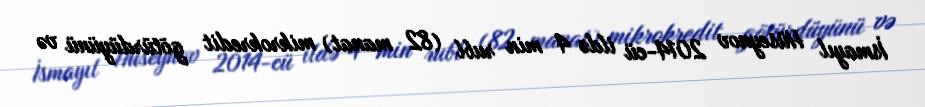
İsmayıl Hüseynov 2014-cü ildə 4 min rubl (82 manat) mikrokredit götürdüyünü və